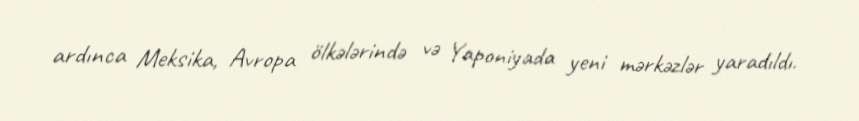
ardınca Meksika, Avropa ölkələrində və Yaponiyada yeni mərkəzlər yaradıldı.